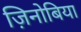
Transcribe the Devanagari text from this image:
ज़िनोबिया